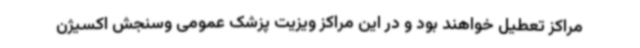
مراکز تعطیل خواهند بود و در این مراکز ویزیت پزشک عمومی وسنجش اکسیژن